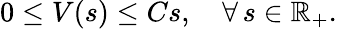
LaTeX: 0\leq V(s)\leq Cs,\quad\forall\, s\in\mathbb{R}_{+}.